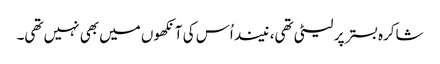
شاکرہ بستر پر لیٹی تھی، نیند اُس کی آنکھوں میں بھی نہیں تھی۔